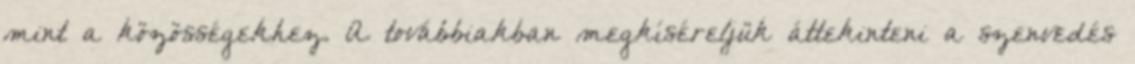
mint a közösségekhez. A továbbiakban megkíséreljük áttekinteni a szenvedés